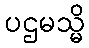
ပဌမသ္မိ